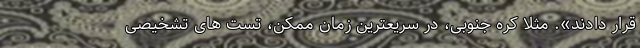
قرار دادند». مثلا کره جنوبی، در سریعترین زمان ممکن، تست های تشخیصی